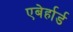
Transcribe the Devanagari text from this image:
एबेर्हार्ड